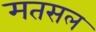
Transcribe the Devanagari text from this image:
मतसल